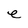
Character: e